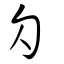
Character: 勽